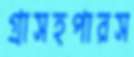
গ্রাসহপারস